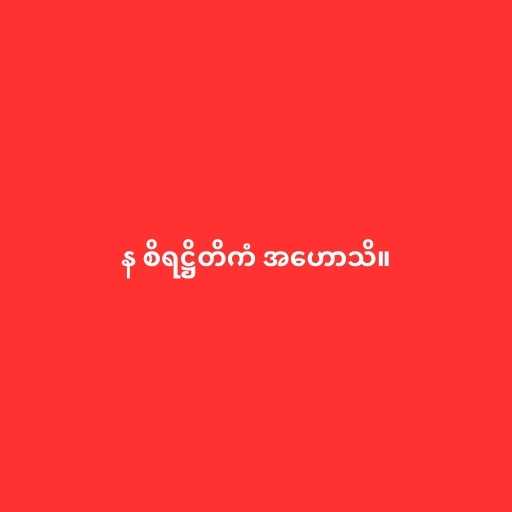
န စိရဋ္ဌိတိကံ အဟောသိ။